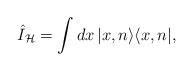
LaTeX: \begin{align*}\hat{I}_{\mathcal{H}}=\int dx\,|x,n\rangle \langle x,n|, \end{align*}